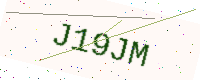
Text: J19JM